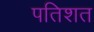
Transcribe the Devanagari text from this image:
पतिशत